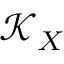
\mathcal { K } _ { X }